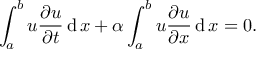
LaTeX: \int _ { a } ^ { b } u { \frac { \partial u } { \partial t } } \operatorname { d } x + \alpha \int _ { a } ^ { b } u { \frac { \partial u } { \partial x } } \operatorname { d } x = 0 .